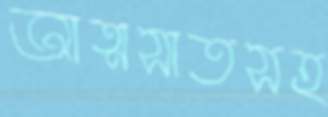
আত্মসাতসহ